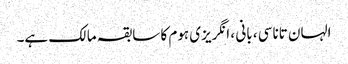
الہان ​​تاناسی ، بانی ، انگریزی ہوم کا سابقہ ​​مالک ہے۔